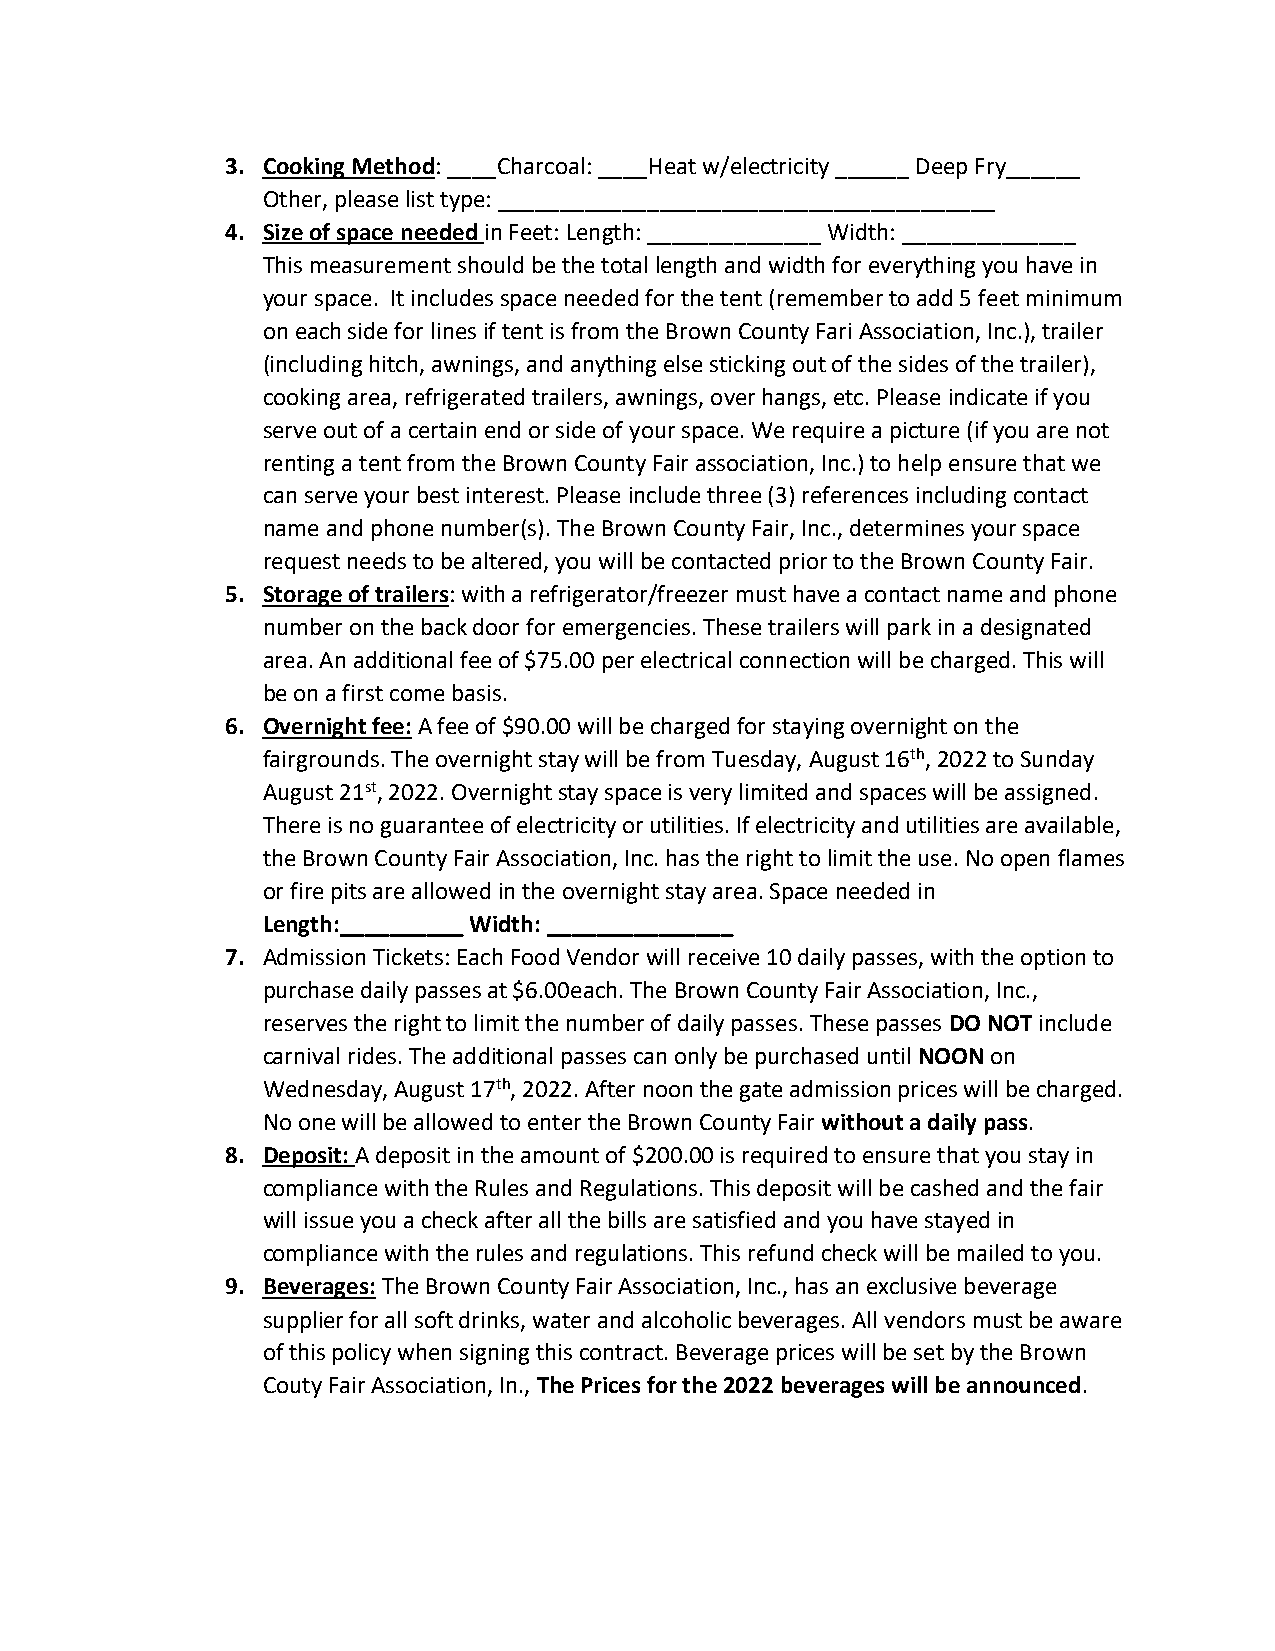
3. Cooking Method: ____Charcoal: ____Heat w/electricity ______ Deep Fry______
 Other, please list type: ________________________________________
 4. Size of space needed in Feet: Length: ______________ Width: ______________
 This measurement should be the total length and width for everything you have in
 your space. It includes space needed for the tent (remember to add 5 feet minimum
 on each side for lines if tent is from the Brown County Fari Association, Inc.), trailer
 (including hitch, awnings, and anything else sticking out of the sides of the trailer),
 cooking area, refrigerated trailers, awnings, over hangs, etc. Please indicate if you
 serve out of a certain end or side of your space. We require a picture (if you are not
 renting a tent from the Brown County Fair association, Inc.) to help ensure that we
 can serve your best interest. Please include three (3) references including contact
 name and phone number(s). The Brown County Fair, Inc., determines your space
 request needs to be altered, you will be contacted prior to the Brown County Fair.
 5. Storage of trailers: with a refrigerator/freezer must have a contact name and phone
 number on the back door for emergencies. These trailers will park in a designated
 area. An additional fee of $75.00 per electrical connection will be charged. This will
 be on a first come basis.
 6. Overnight fee: A fee of $90.00 will be charged for staying overnight on the
 fairgrounds. The overnight stay will be from Tuesday, August 16th, 2022 to Sunday
 August 21st, 2022. Overnight stay space is very limited and spaces will be assigned.
 There is no guarantee of electricity or utilities. If electricity and utilities are available,
 the Brown County Fair Association, Inc. has the right to limit the use. No open flames
 or fire pits are allowed in the overnight stay area. Space needed in
 Length:__________ Width: _______________
 7. Admission Tickets: Each Food Vendor will receive 10 daily passes, with the option to
 purchase daily passes at $6.00each. The Brown County Fair Association, Inc.,
 reserves the right to limit the number of daily passes. These passes DO NOT include
 carnival rides. The additional passes can only be purchased until NOON on
 Wednesday, August 17th, 2022. After noon the gate admission prices will be charged.
 No one will be allowed to enter the Brown County Fair without a daily pass.
 8. Deposit: A deposit in the amount of $200.00 is required to ensure that you stay in
 compliance with the Rules and Regulations. This deposit will be cashed and the fair
 will issue you a check after all the bills are satisfied and you have stayed in
 compliance with the rules and regulations. This refund check will be mailed to you.
 9. Beverages: The Brown County Fair Association, Inc., has an exclusive beverage
 supplier for all soft drinks, water and alcoholic beverages. All vendors must be aware
 of this policy when signing this contract. Beverage prices will be set by the Brown
 Couty Fair Association, In., The Prices for the 2022 beverages will be announced.